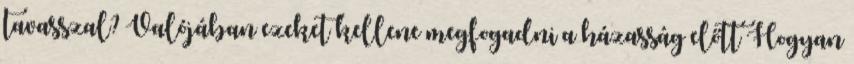
tavasszal? Valójában ezeket kellene megfogadni a házasság előtt Hogyan